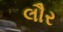
લૌર